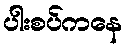
ပါးစပ်ကနေ